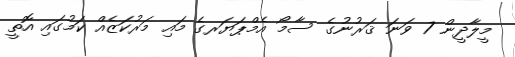
މީލާދީން 7 ވަނަ ޤަރުނުގެ ސާމޯ އެމްޕަޔަރގެ މައި މަރުކަޒެއް ކަމުގައި އޮތީ